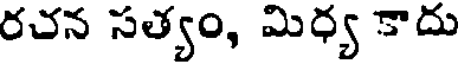
రచన సత్యం, మిధ్య కాదు